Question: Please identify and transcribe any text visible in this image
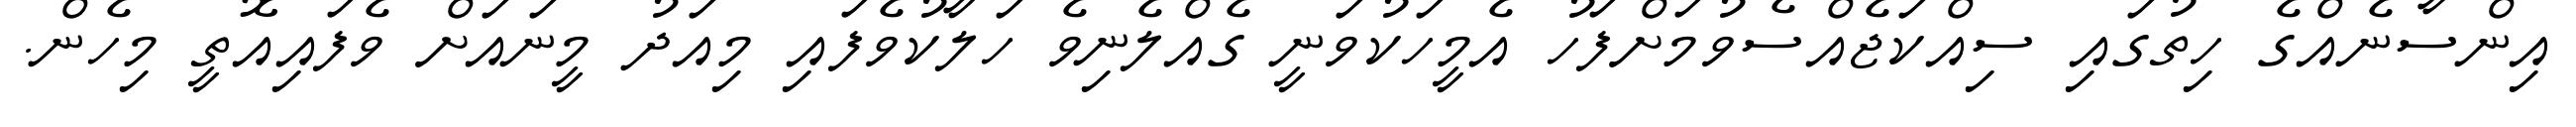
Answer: އިންސާނެއްގެ ހިތުގައި ސިއްކަޖެއްސެވުމަށްފަހު އެމީހަކުވަނީ ގެއްލެނިވެ ހަލާކުވެފައި މިއަދު މީނައަށް ވެފައިއޮތީ މިހެން.